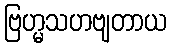
ဗြဟ္မသဟဗျတာယ